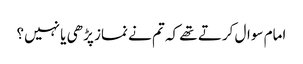
امام سوال کرتے تھے کہ تم نے نماز پڑھی یا نہیں؟